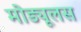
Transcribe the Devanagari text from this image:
मोड्यूलस